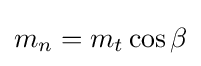
m_{n}=m_{t}\cos \beta